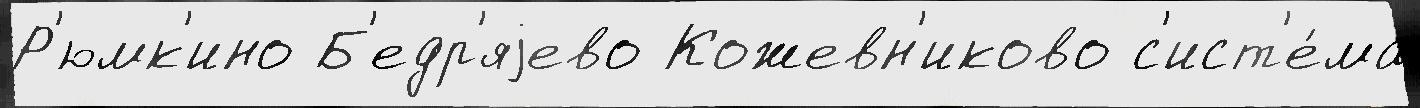
Р'юмк'ино Б'едр'яjево Кожевн'иково с'ист'е́ма